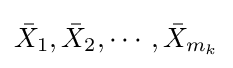
{\bar {X}}_{1},{\bar {X}}_{2},\cdots ,{\bar {X}}_{m_{k}}